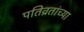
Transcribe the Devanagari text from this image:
पतिव्रतांच्या